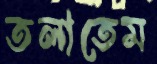
তলাতেম